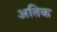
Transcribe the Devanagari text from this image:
अतिक